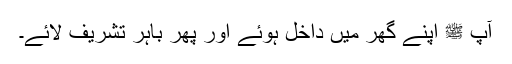
آپ ﷺ اپنے گھر میں داخل ہوئے اور پھر باہر تشریف لائے۔